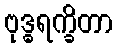
ဗုဒ္ဓရက္ခိတာ